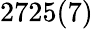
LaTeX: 2725(7)